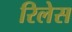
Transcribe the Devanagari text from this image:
रिलेस